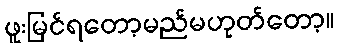
ဖူးမြင်ရတော့မည်မဟုတ်တော့။